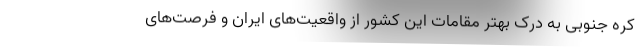
کره جنوبی به درک بهتر مقامات این کشور از واقعیت‌های ایران و فرصت‌های